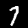
Digit: 7